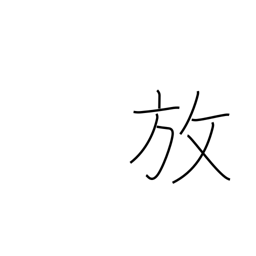
Meaning: release